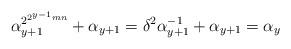
LaTeX: \begin{align*}\alpha^{2^{2^{y-1}mn}}_{y+1}+\alpha_{y+1}=\delta^2\alpha^{-1}_{y+1}+\alpha_{y+1}=\alpha_{y}\end{align*}